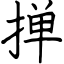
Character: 掸